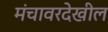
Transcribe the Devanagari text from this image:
मंचावरदेखील